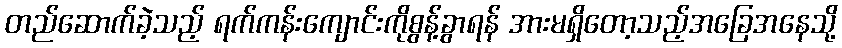
တည်ဆောက်ခဲ့သည့် ရက်ကန်းကျောင်းကိုစွန့်ခွာရန် အားမရှိတော့သည့်အခြေအနေသို့